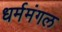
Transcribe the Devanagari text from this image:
धर्ममंगल